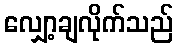
လျှော့ချလိုက်သည်